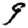
Digit: 9